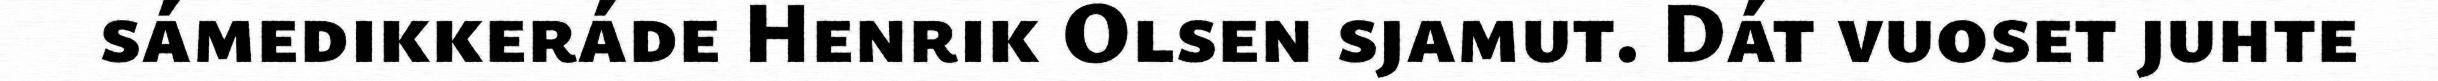
sámedikkeráde Henrik Olsen sjamut. Dát vuoset juhte